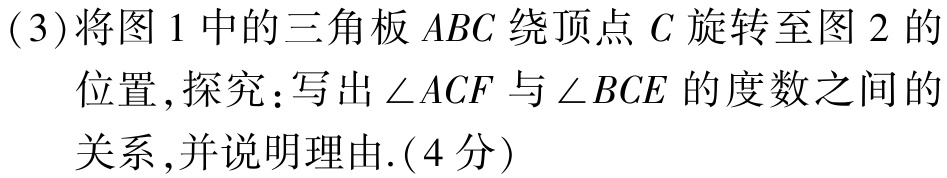
(3)将图1中的三角板 \(ABC\) 绕顶点 \(C\) 旋转至图2的
位置,探究：写出\(\angle ACF\)与\(\angle BCE\)的度数之间的
关系,并说明理由.(4分)